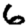
Digit: 6